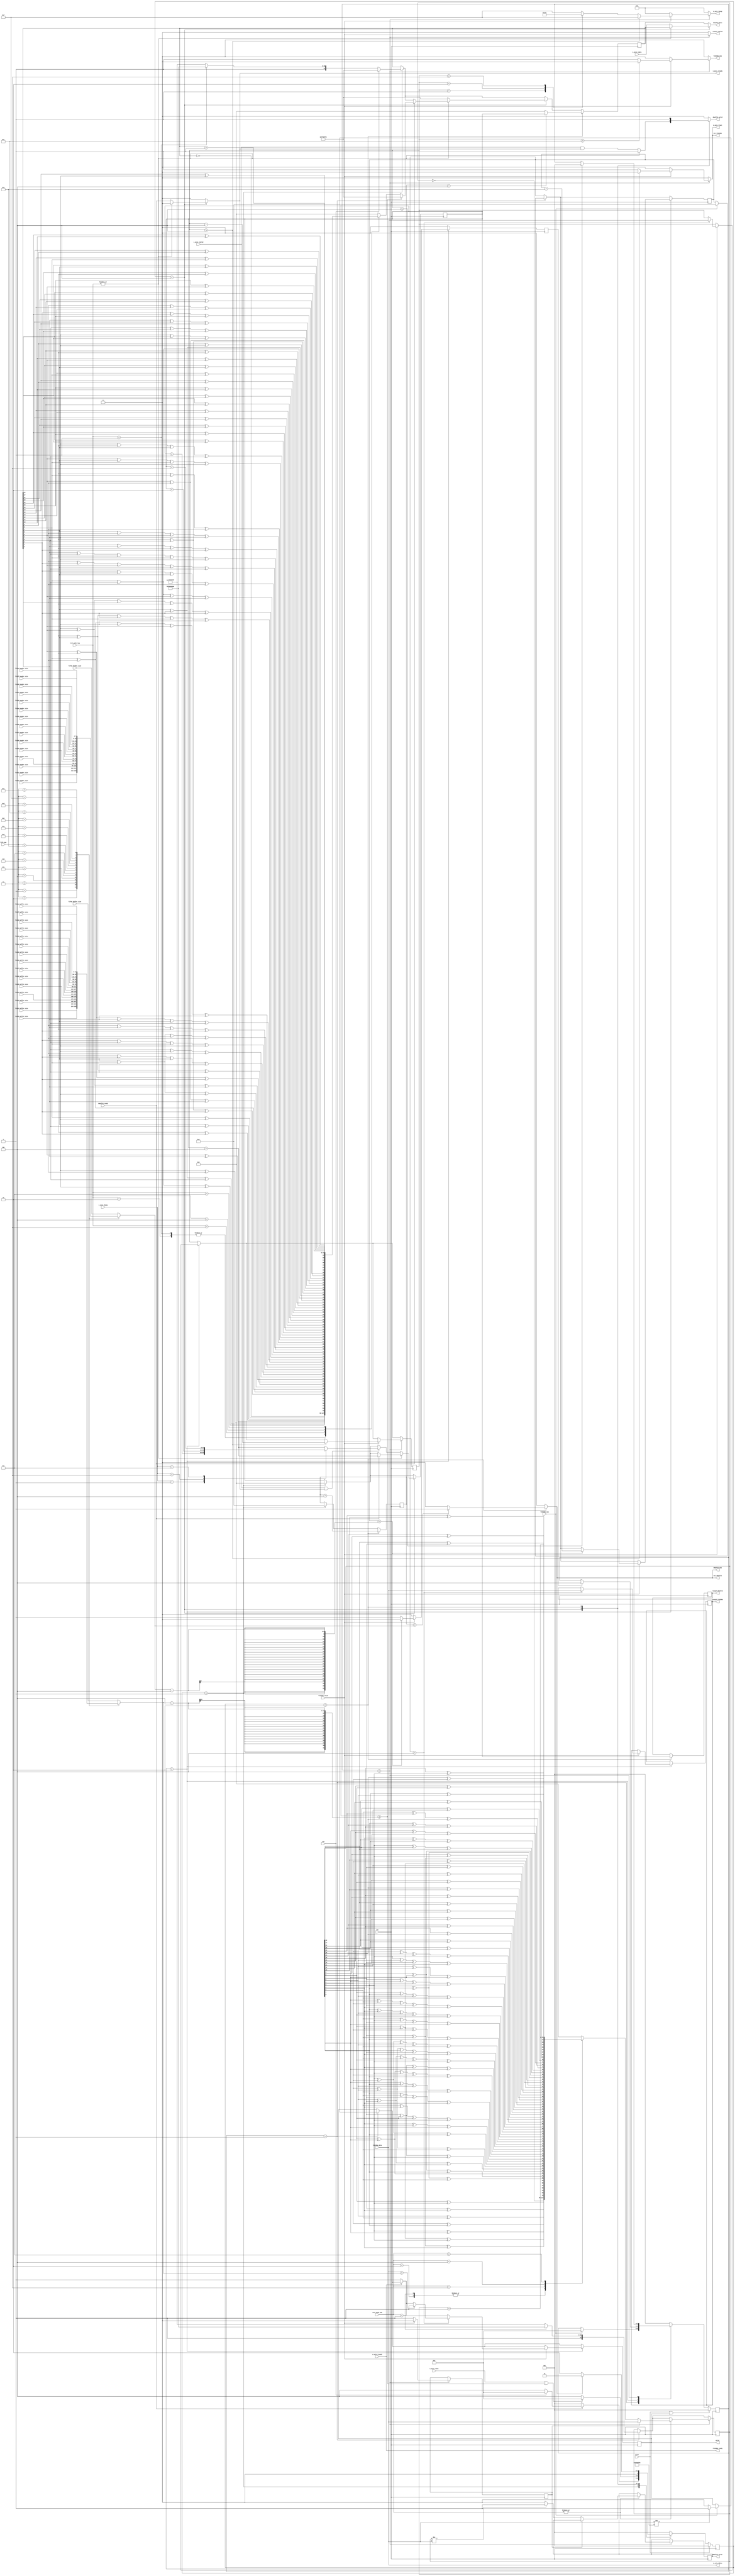
// ***************************************************************************
// ***************************************************************************
// Copyright 2014 - 2017 (c) Analog Devices, Inc. All rights reserved.
//
// In this HDL repository, there are many different and unique modules, consisting
// of various HDL (Verilog or VHDL) components. The individual modules are
// developed independently, and may be accompanied by separate and unique license
// terms.
//
// The user should read each of these license terms, and understand the
// freedoms and responsibilities that he or she has by using this source/core.
//
// This core is distributed in the hope that it will be useful, but WITHOUT ANY
// WARRANTY; without even the implied warranty of MERCHANTABILITY or FITNESS FOR
// A PARTICULAR PURPOSE.
//
// Redistribution and use of source or resulting binaries, with or without modification
// of this file, are permitted under one of the following two license terms:
//
//   1. The GNU General Public License version 2 as published by the
//      Free Software Foundation, which can be found in the top level directory
//      of this repository (LICENSE_GPL2), and also online at:
//      <https://www.gnu.org/licenses/old-licenses/gpl-2.0.html>
//
// OR
//
//   2. An ADI specific BSD license, which can be found in the top level directory
//      of this repository (LICENSE_ADIBSD), and also on-line at:
//      https://github.com/analogdevicesinc/hdl/blob/master/LICENSE_ADIBSD
//      This will allow to generate bit files and not release the source code,
//      as long as it attaches to an ADI device.
//
// ***************************************************************************
// ***************************************************************************

`timescale 1ns/100ps

module axi_usb_fx3_core (

  input                   clk,
  input                   reset,

  // s2mm

  input       [31:0]      s_axis_tdata,
  input       [ 3:0]      s_axis_tkeep,
  input                   s_axis_tlast,
  output  reg             s_axis_tready,
  input                   s_axis_tvalid,

  // mm2s

  output  reg [31:0]      m_axis_tdata,
  output  reg [ 3:0]      m_axis_tkeep,
  output  reg             m_axis_tlast,
  input                   m_axis_tready,
  output  reg             m_axis_tvalid,

  // configuration

  input       [ 7:0]      fifo0_header_size,
  input       [15:0]      fifo0_buffer_size,

  input       [ 7:0]      fifo1_header_size,
  input       [15:0]      fifo1_buffer_size,

  input       [ 7:0]      fifo2_header_size,
  input       [15:0]      fifo2_buffer_size,

  input       [ 7:0]      fifo3_header_size,
  input       [15:0]      fifo3_buffer_size,

  input       [ 7:0]      fifo4_header_size,
  input       [15:0]      fifo4_buffer_size,

  input       [ 7:0]      fifo5_header_size,
  input       [15:0]      fifo5_buffer_size,

  input       [ 7:0]      fifo6_header_size,
  input       [15:0]      fifo6_buffer_size,

  input       [ 7:0]      fifo7_header_size,
  input       [15:0]      fifo7_buffer_size,

  input       [ 7:0]      fifo8_header_size,
  input       [15:0]      fifo8_buffer_size,

  input       [ 7:0]      fifo9_header_size,
  input       [15:0]      fifo9_buffer_size,

  input       [ 7:0]      fifoa_header_size,
  input       [15:0]      fifoa_buffer_size,

  input       [ 7:0]      fifob_header_size,
  input       [15:0]      fifob_buffer_size,

  input       [ 7:0]      fifoc_header_size,
  input       [15:0]      fifoc_buffer_size,

  input       [ 7:0]      fifod_header_size,
  input       [15:0]      fifod_buffer_size,

  input       [ 7:0]      fifoe_header_size,
  input       [15:0]      fifoe_buffer_size,

  input       [ 7:0]      fifof_header_size,
  input       [15:0]      fifof_buffer_size,

  output  reg [31:0]      length_fx32dma,
  output  reg [31:0]      length_dma2fx3,

  // fx3 interface
  // IN -> TO HOST / FX3
  // OUT -> FROM HOST / FX3

  input                   fx32dma_valid,
  output                  fx32dma_ready,
  input       [31:0]      fx32dma_data,
  input                   fx32dma_sop,
  output  reg             fx32dma_eop,

  input                   dma2fx3_ready,
  output  reg             dma2fx3_valid,
  output  reg [31:0]      dma2fx3_data,
  output  reg             dma2fx3_eop,

  output                  error,
  output  reg             eot_fx32dma,
  output  reg             eot_dma2fx3,

  input       [ 2:0]      test_mode_tpm,
  input       [ 2:0]      test_mode_tpg,
  output  reg             monitor_error,

  input                   zlp,

  input       [ 4:0]      fifo_num);

  // internal parameters

  localparam IDLE         = 3'b001;
  localparam READ_HEADER  = 3'b010;
  localparam ADD_FOOTER   = 3'b010;
  localparam READ_DATA    = 3'b100;

  // internal signals

  wire            test_mode_active_tpm;
  wire            test_mode_active_tpg;

  // internal registers

  reg     [31:0]  data_size_transaction = 32'hffffffff;
  reg     [15:0]  buffer_size_current = 16'h0;
  reg     [ 7:0]  header_size_current = 8'h0;

  reg             error_fx32dma = 1'b0;
  reg             error_dma2fx3 = 1'b0;

  reg     [ 2:0]  state_fx32dma = 3'h0;
  reg     [ 2:0]  next_state_fx32dma = 3'h0;

  reg     [ 2:0]  state_dma2fx3 = 3'h0;
  reg     [ 2:0]  next_state_dma2fx3 = 3'h0;

  reg     [ 7:0]  header_pointer = 8'h0;
  reg             header_read = 1'b0;

  reg     [31:0]  dma2fx3_counter = 32'h0;
  reg     [ 7:0]  footer_pointer = 8'h0;

  reg     [31:0]  dma2fx3_data_reg = 32'h0;

  reg     [31:0]  expected_data = 32'h0;
  reg             first_transfer = 1'b0;

  function [31:0] pn23;
    input [31:0] din;
    reg   [31:0] dout;
    begin
      dout[31] = din[22] ^ din[17];
      dout[30] = din[21] ^ din[16];
      dout[29] = din[20] ^ din[15];
      dout[28] = din[19] ^ din[14];
      dout[27] = din[18] ^ din[13];
      dout[26] = din[17] ^ din[12];
      dout[25] = din[16] ^ din[11];
      dout[24] = din[15] ^ din[10];
      dout[23] = din[14] ^ din[ 9];
      dout[22] = din[13] ^ din[ 8];
      dout[21] = din[12] ^ din[ 7];
      dout[20] = din[11] ^ din[ 6];
      dout[19] = din[10] ^ din[ 5];
      dout[18] = din[ 9] ^ din[ 4];
      dout[17] = din[ 8] ^ din[ 3];
      dout[16] = din[ 7] ^ din[ 2];
      dout[15] = din[ 6] ^ din[ 1];
      dout[14] = din[ 5] ^ din[ 0];
      dout[13] = din[ 4] ^ din[22] ^ din[17];
      dout[12] = din[ 3] ^ din[21] ^ din[16];
      dout[11] = din[ 2] ^ din[20] ^ din[15];
      dout[10] = din[ 1] ^ din[19] ^ din[14];
      dout[ 9] = din[ 0] ^ din[18] ^ din[13];
      dout[ 8] = din[22] ^ din[12];
      dout[ 7] = din[21] ^ din[11];
      dout[ 6] = din[20] ^ din[10];
      dout[ 5] = din[19] ^ din[ 9];
      dout[ 4] = din[18] ^ din[ 8];
      dout[ 3] = din[17] ^ din[ 7];
      dout[ 2] = din[16] ^ din[ 6];
      dout[ 1] = din[15] ^ din[ 5];
      dout[ 0] = din[14] ^ din[ 4];
      pn23 = dout;
    end
  endfunction

  function [31:0] pn9;
    input [31:0] din;
    reg   [31:0] dout;
    begin
      dout[31] = din[ 8] ^ din[ 4];
      dout[30] = din[ 7] ^ din[ 3];
      dout[29] = din[ 6] ^ din[ 2];
      dout[28] = din[ 5] ^ din[ 1];
      dout[27] = din[ 4] ^ din[ 0];
      dout[26] = din[ 3] ^ din[ 8] ^ din[ 4];
      dout[25] = din[ 2] ^ din[ 7] ^ din[ 3];
      dout[24] = din[ 1] ^ din[ 6] ^ din[ 2];
      dout[23] = din[ 0] ^ din[ 5] ^ din[ 1];
      dout[22] = din[ 8] ^ din[ 0];
      dout[21] = din[ 7] ^ din[ 8] ^ din[ 4];
      dout[20] = din[ 6] ^ din[ 7] ^ din[ 3];
      dout[19] = din[ 5] ^ din[ 6] ^ din[ 2];
      dout[18] = din[ 4] ^ din[ 5] ^ din[ 1];
      dout[17] = din[ 3] ^ din[ 4] ^ din[ 0];
      dout[16] = din[ 2] ^ din[ 3] ^ din[ 8] ^ din[ 4];
      dout[15] = din[ 1] ^ din[ 2] ^ din[ 7] ^ din[ 3];
      dout[14] = din[ 0] ^ din[ 1] ^ din[ 6] ^ din[ 2];
      dout[13] = din[ 8] ^ din[ 0] ^ din[ 4] ^ din[ 5] ^ din[ 1];
      dout[12] = din[ 7] ^ din[ 8] ^ din[ 3] ^ din[ 0];
      dout[11] = din[ 6] ^ din[ 7] ^ din[ 2] ^ din[ 8] ^ din[ 4];
      dout[10] = din[ 5] ^ din[ 6] ^ din[ 1] ^ din[ 7] ^ din[ 3];
      dout[ 9] = din[ 4] ^ din[ 5] ^ din[ 0] ^ din[ 6] ^ din[ 2];
      dout[ 8] = din[ 3] ^ din[ 8] ^ din[ 5] ^ din[ 1];
      dout[ 7] = din[ 2] ^ din[ 4] ^ din[ 7] ^ din[ 0];
      dout[ 6] = din[ 1] ^ din[ 3] ^ din[ 6] ^ din[ 8] ^ din[ 4];
      dout[ 5] = din[ 0] ^ din[ 2] ^ din[ 5] ^ din[ 7] ^ din[ 3];
      dout[ 4] = din[ 8] ^ din[ 1] ^ din[ 6] ^ din[ 2];
      dout[ 3] = din[ 7] ^ din[ 0] ^ din[ 5] ^ din[ 1];
      dout[ 2] = din[ 6] ^ din[ 8] ^ din[ 0];
      dout[ 1] = din[5] ^ din[7] ^ din[8] ^ din[4];
      dout[ 0] = din[4] ^ din[6] ^ din[7] ^ din[3];
      pn9 = dout;
    end
  endfunction

  assign error = error_fx32dma | error_dma2fx3;

  assign test_mode_active_tpm = |test_mode_tpm;
  assign test_mode_active_tpg = |test_mode_tpg;

  // fx32dma

  assign fx32dma_ready = m_axis_tready;

  always @(*) begin
    case (fifo_num)
      5'h0: buffer_size_current = fifo0_buffer_size;
      5'h1: buffer_size_current = fifo1_buffer_size;
      5'h2: buffer_size_current = fifo2_buffer_size;
      5'h3: buffer_size_current = fifo3_buffer_size;
      5'h4: buffer_size_current = fifo4_buffer_size;
      5'h5: buffer_size_current = fifo5_buffer_size;
      5'h6: buffer_size_current = fifo6_buffer_size;
      5'h7: buffer_size_current = fifo7_buffer_size;
      5'h8: buffer_size_current = fifo8_buffer_size;
      5'h9: buffer_size_current = fifo9_buffer_size;
      5'ha: buffer_size_current = fifoa_buffer_size;
      5'hb: buffer_size_current = fifob_buffer_size;
      5'hc: buffer_size_current = fifoc_buffer_size;
      5'hd: buffer_size_current = fifod_buffer_size;
      5'he: buffer_size_current = fifoe_buffer_size;
      5'hf: buffer_size_current = fifof_buffer_size;
      default: buffer_size_current = fifo0_buffer_size;
    endcase
    case (fifo_num)
      5'h0: header_size_current = fifo0_header_size;
      5'h1: header_size_current = fifo1_header_size;
      5'h2: header_size_current = fifo2_header_size;
      5'h3: header_size_current = fifo3_header_size;
      5'h4: header_size_current = fifo4_header_size;
      5'h5: header_size_current = fifo5_header_size;
      5'h6: header_size_current = fifo6_header_size;
      5'h7: header_size_current = fifo7_header_size;
      5'h8: header_size_current = fifo8_header_size;
      5'h9: header_size_current = fifo9_header_size;
      5'ha: header_size_current = fifoa_header_size;
      5'hb: header_size_current = fifob_header_size;
      5'hc: header_size_current = fifoc_header_size;
      5'hd: header_size_current = fifod_header_size;
      5'he: header_size_current = fifoe_header_size;
      5'hf: header_size_current = fifof_header_size;
      default: header_size_current = fifo0_header_size;
    endcase
  end

  // state machine

  always @(posedge clk) begin
    if (reset == 1'b1 || error_fx32dma == 1'b1) begin
      state_fx32dma <= IDLE;
    end else begin
      state_fx32dma <= next_state_fx32dma;
    end
  end

  always @(*) begin
    case(state_fx32dma)
      IDLE:
      if(fx32dma_sop == 1'b1) begin
        next_state_fx32dma = READ_HEADER;
      end else begin
        next_state_fx32dma = state_fx32dma;
      end
      READ_HEADER:
      if(header_read == 1'b1) begin
        next_state_fx32dma = READ_DATA;
      end else begin
        next_state_fx32dma = state_fx32dma;
      end
      READ_DATA:
      if(data_size_transaction <= 4) begin
        next_state_fx32dma = IDLE;
      end else begin
        next_state_fx32dma = state_fx32dma;
      end
      default: next_state_fx32dma = IDLE;
    endcase
  end

  always @(*) begin
    m_axis_tdata = fx32dma_data;
    fx32dma_eop = 1'b0;
    m_axis_tlast = 1'b0;
    case(state_fx32dma)
      IDLE: begin
        m_axis_tvalid = 1'b0;
        m_axis_tkeep = 4'h0;
        eot_fx32dma  = 1'b0;
      end
      READ_HEADER: begin
        m_axis_tvalid = 1'b0;
        m_axis_tkeep = 4'h0;
        m_axis_tlast = 1'b0;
        eot_fx32dma  = 1'b0;
      end
      READ_DATA: begin
        m_axis_tvalid = fx32dma_valid;
        if (fx32dma_valid == 1'b1) begin
          if (data_size_transaction > 12 ) begin
            fx32dma_eop = 1'b0;
          end else begin
            fx32dma_eop = 1'b1;
          end
          if (data_size_transaction > 4) begin
            m_axis_tlast = 1'b0;
            m_axis_tkeep = 4'hf;
            eot_fx32dma  = 1'b0;
          end else begin
            m_axis_tlast = 1'b1;
            eot_fx32dma  = 1'b1;
            m_axis_tlast = 1'b1;
            case (data_size_transaction)
              1: m_axis_tkeep = 4'h1;
              2: m_axis_tkeep = 4'h3;
              3: m_axis_tkeep = 4'h7;
              default: m_axis_tkeep = 4'hf;
            endcase
          end
        end else begin
          m_axis_tkeep = 4'h0;
          eot_fx32dma  = 1'b0;
        end
      end
      default: begin
        m_axis_tvalid = 1'b0;
        m_axis_tkeep = 4'h0;
        m_axis_tlast = 1'b0;
        eot_fx32dma  = 1'b0;
      end
    endcase
  end

  always @(posedge clk) begin
    header_read <= 1'b0;
    if (state_fx32dma == IDLE) begin
      if (fx32dma_sop == 1'b1) begin
        header_pointer <= 8'h4;
        if (fx32dma_data != 32'h0ff00ff0) begin
          error_fx32dma <= 1'b1;
        end else begin
          error_fx32dma <= 1'b0;
        end
      end
      case (test_mode_tpm)
        4'h1: expected_data <= 32'haaaaaaaa;
        default: expected_data <= 32'hffffffff;
      endcase
    end
    if (state_fx32dma == READ_HEADER) begin
      if (fx32dma_valid == 1'b1) begin
        if (m_axis_tready == 1'b0) begin
          error_fx32dma <= 1'b1;
        end
        if(header_pointer < header_size_current - 4) begin
          header_pointer <= header_pointer + 8;
        end else begin
          header_read <= 1'b1;
        end
        if (header_pointer == 4) begin
          data_size_transaction <= fx32dma_data;
          length_fx32dma <= fx32dma_data;
          if (fx32dma_data > buffer_size_current) begin
            error_fx32dma <= 1'b1;
          end
        end
      end
    end
    if (state_fx32dma == READ_DATA) begin
      first_transfer <= 1'b1;
      if (fx32dma_valid == 1'b1) begin
        first_transfer <= 1'b0;
        if (data_size_transaction > 4) begin
          data_size_transaction <= data_size_transaction - 4;
        end
      end

      // monitor

      if (test_mode_active_tpm == 1'b1) begin
        if (first_transfer == 1) begin
          expected_data <= fx32dma_data;
        end else begin
          case (test_mode_tpm)
            4'h1: expected_data <= ~expected_data;
            4'h2: expected_data <= ~expected_data;
            4'h3: expected_data <= pn9(expected_data);
            4'h4: expected_data <= pn23(expected_data);
            4'h7: expected_data <= expected_data + 1;
            default:  expected_data <= 0;
          endcase
          if (expected_data != m_axis_tdata) begin
            monitor_error <= 1'b1;
          end else begin
            monitor_error <= 1'b0;
          end
        end
      end
    end
  end

  // dma2fx3

  always @(posedge clk) begin
    if (reset == 1'b1 || error_dma2fx3 == 1'b1) begin
      state_dma2fx3 <= IDLE;
    end else begin
      state_dma2fx3 <= next_state_dma2fx3;
    end
  end

  always @(*) begin
    case(state_dma2fx3)
      IDLE:
        if(dma2fx3_ready == 1'b1) begin
          if  (zlp == 1'b1) begin
            next_state_dma2fx3 = ADD_FOOTER;
          end else begin
            next_state_dma2fx3 = READ_DATA;
          end
        end else begin
          next_state_dma2fx3 = IDLE;
        end
      READ_DATA:
        if(s_axis_tlast == 1'b1 || dma2fx3_counter >= buffer_size_current - 4) begin
          next_state_dma2fx3 = ADD_FOOTER;
        end else begin
          next_state_dma2fx3 = READ_DATA;
        end
      ADD_FOOTER:
        if(dma2fx3_eop == 1'b1) begin
          next_state_dma2fx3 = IDLE;
        end else begin
          next_state_dma2fx3 = ADD_FOOTER;
        end
      default: next_state_dma2fx3 = IDLE;
    endcase
  end

  always @(*) begin
    case(state_dma2fx3)
      IDLE: begin
        s_axis_tready = 1'b0;
        dma2fx3_valid = 1'b0;
        eot_dma2fx3   = 1'b0;
        dma2fx3_eop   = 1'b0;
        dma2fx3_data  = dma2fx3_data_reg;
      end
      READ_DATA: begin
        eot_dma2fx3 = 1'b0;
        if (test_mode_active_tpg == 1'b1) begin
          s_axis_tready = 1'b0;
          dma2fx3_valid = 1'b1;
        end else begin
          dma2fx3_valid = s_axis_tvalid & s_axis_tready;
          s_axis_tready = dma2fx3_ready;
        end
        dma2fx3_eop = 1'b0;
        if (test_mode_active_tpg == 1'b1) begin
          dma2fx3_data = dma2fx3_data_reg;
        end else begin
          dma2fx3_data = s_axis_tdata;
        end
      end
      ADD_FOOTER: begin
        s_axis_tready = 1'b0;
        dma2fx3_valid = 1'b1;
        if (footer_pointer == header_size_current) begin
          dma2fx3_eop = 1'b1;
          eot_dma2fx3 = 1'b1;
        end else begin
          dma2fx3_eop = 1'b0;
          eot_dma2fx3 = 1'b0;
        end
        dma2fx3_data = dma2fx3_data_reg;
      end
      default: begin
        s_axis_tready = 1'b0;
        dma2fx3_valid = 1'b0;
        eot_dma2fx3   = 1'b0;
        dma2fx3_eop   = 1'b0;
        dma2fx3_data  = dma2fx3_data_reg;
      end
    endcase
  end

  always @(posedge clk) begin
    if(state_dma2fx3 == IDLE) begin
      footer_pointer <= 4;
      dma2fx3_counter <= 0;
      case (test_mode_tpg)
        4'h1: dma2fx3_data_reg <= 32'haaaaaaaa;
        default:  dma2fx3_data_reg <= 32'hffffffff;
      endcase
      if (zlp == 1'b1) begin
        dma2fx3_data_reg <= 32'h0ff00ff0;
      end
    end

    if(state_dma2fx3 == READ_DATA) begin
      if (test_mode_active_tpg == 1'b1) begin
        if (dma2fx3_ready == 1'b1) begin
          dma2fx3_counter <= dma2fx3_counter + 4;
          if (dma2fx3_counter >= buffer_size_current - 4) begin
            dma2fx3_data_reg <= 32'h0ff00ff0;
          end else begin
            case (test_mode_tpg)
              4'h1: dma2fx3_data_reg <= ~dma2fx3_data_reg;
              4'h2: dma2fx3_data_reg <= ~dma2fx3_data_reg;
              4'h3: dma2fx3_data_reg <= pn9(dma2fx3_data_reg);
              4'h4: dma2fx3_data_reg <= pn23(dma2fx3_data_reg);
              4'h7: dma2fx3_data_reg <= dma2fx3_data_reg + 1;
              default:  dma2fx3_data_reg <= 0;
            endcase
          end
        end
      end else begin
          dma2fx3_data_reg <= 32'h0ff00ff0;
        if (s_axis_tvalid== 1'b1 && s_axis_tready == 1'b1) begin
          case (s_axis_tkeep)
            1: dma2fx3_counter <= dma2fx3_counter + 1;
            3: dma2fx3_counter <= dma2fx3_counter + 2;
            7: dma2fx3_counter <= dma2fx3_counter + 3;
            default: dma2fx3_counter <= dma2fx3_counter + 4;
          endcase
        end
      end
    end

    if(state_dma2fx3 == ADD_FOOTER) begin
      footer_pointer <= footer_pointer + 4;
      length_dma2fx3 <= dma2fx3_counter;
      case(footer_pointer)
        32'h4: dma2fx3_data_reg <= dma2fx3_counter;
        32'h8: dma2fx3_data_reg <= 32'h0;
        default: dma2fx3_data_reg <= 32'h0;
      endcase
    end
  end

endmodule